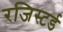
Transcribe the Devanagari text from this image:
रजिस्‍टर्ड